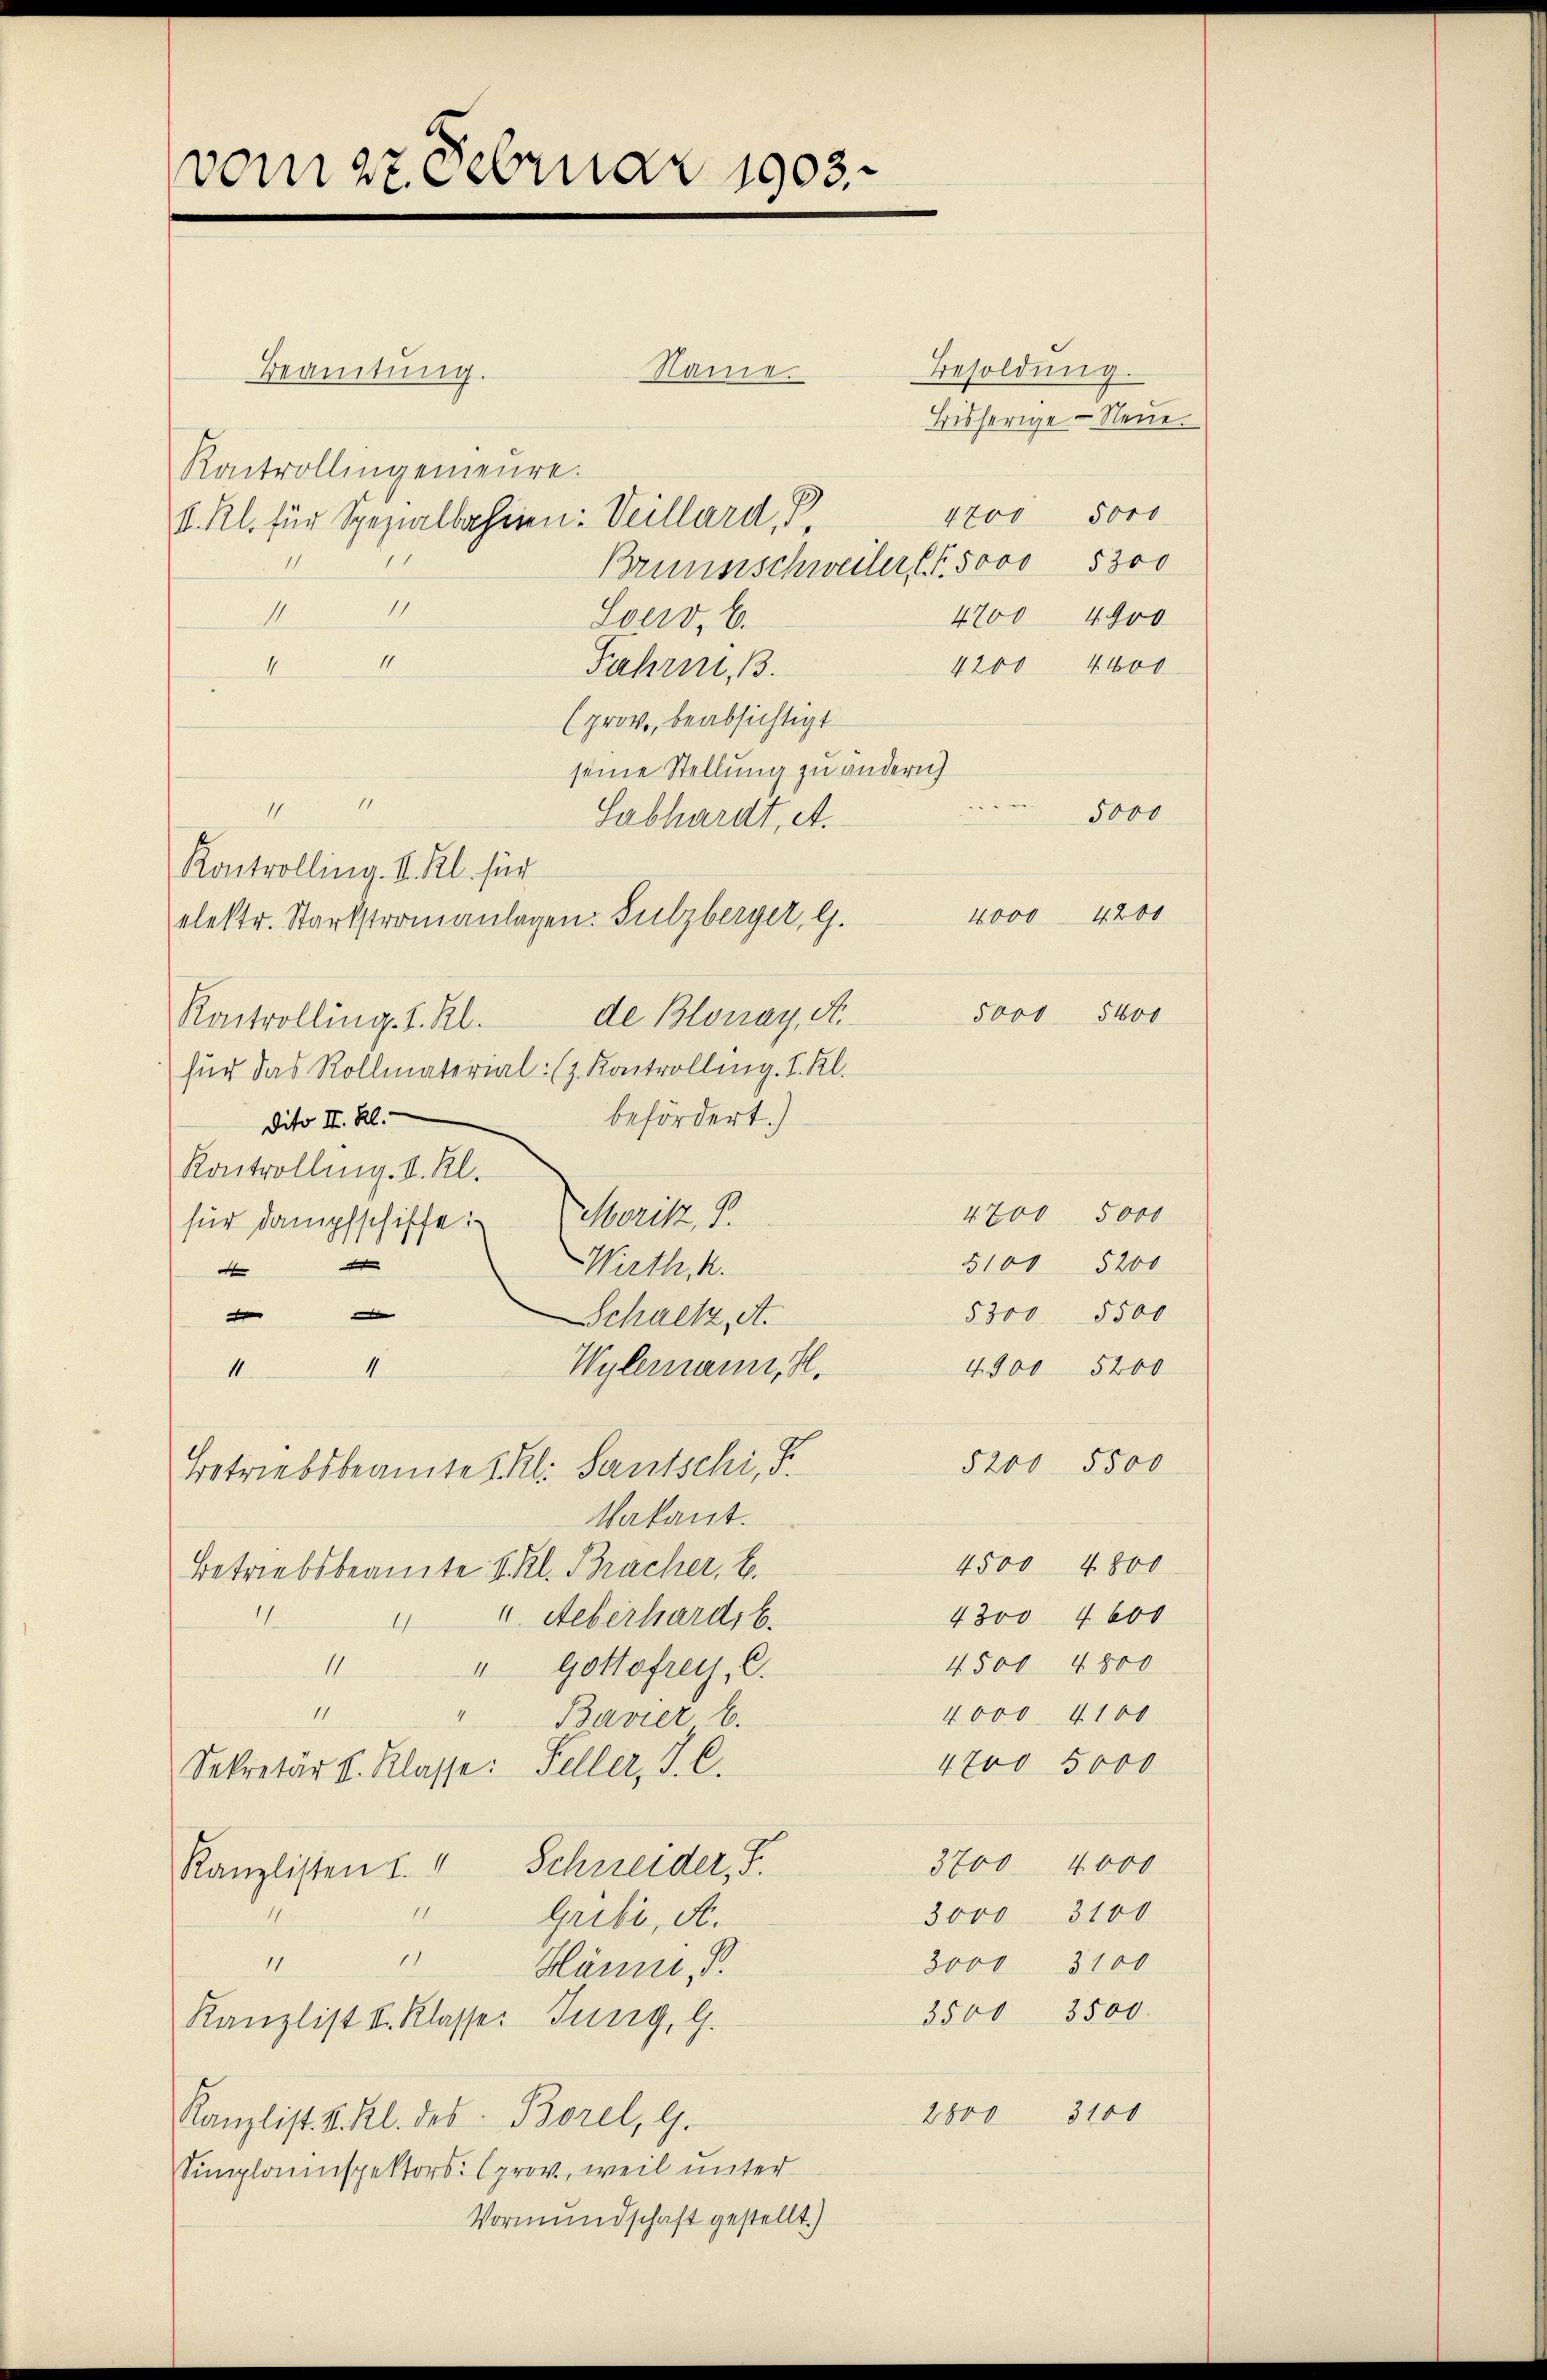
vom 27 Februar 1903.

Name.
Beamtung.
Kontrollingemeure.
4700 5000
S. Kl. für Spezialbassien: Veillard, d
1
Brunnschweiler (S. 5000 5300
11
II
4700 4900
Loco, 6.
11
4200 4400
Fahrni
4
(prov., beabsichtigt
seine Stellung zu andern
11.
5000
Sabhardt, A.
Kontrolling. II. Kl. für
4000 4200
elestr. Startstromanlagen. Sulzberger, G.
de Blonay, A. 5000 5400
Kontrolling. I. Kl.
für das Rollmaterial (z. Kontrolling. I. Kl.
befördert.)
Dito II. Kl.
Kontrolling. I. Kl.
4700 5000
für Dampfschiffe. Moritz, P.
5100 5200

Wirth, K.

5300 5500
Schackz, A.
Wylemann, fl.
4. 900 5200
4
11.
5200 5500
Betriebsbeamtes Kl. Santschi, S.
Vakant.
4500 4800
Betriebsbeamte V. Kl. Bracher, 6.
11
4300 4600
 4. Ueberhard, 6.
4500 4800
II
" Gottofrey, C.
11
4,000. 4100.
Bavier C.
4700 5000
Dekretär v. Klasse: Seller, J. C.
3700 4000
Kanzlisten u. " Schneider, F
11
3000 3100
Gribi, A.
11
11.
3000 3100
Häume,
3500 3500.
Kanzlist V. Klasse. Jung, G.
3100
1800
Kanzlist. V. Kl. des Borel, G.
Simplannspektors prov, weil unter
Vormundschaft gestellt.)

Besoldung.
Bisherige Neue.